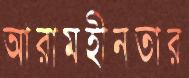
আরামহীনতার